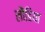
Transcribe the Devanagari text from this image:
लौंडिया